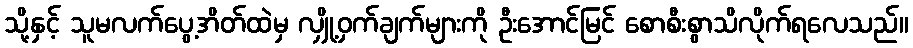
သို့နှင့် သူမလက်ပွေ့အိတ်ထဲမှ လျှို့ဝှက်ချက်များကို ဦးအောင်မြင် စောစီးစွာသိလိုက်ရလေသည်။